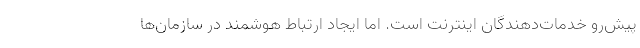
پیش‌رو خدمات‌دهندگان اینترنت است. اما ایجاد ارتباط هوشمند در سازمان‌ها